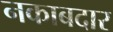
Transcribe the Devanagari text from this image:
नकाबदार